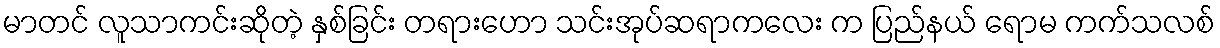
မာတင် လူသာကင်းဆိုတဲ့ နှစ်ခြင်း တရားဟော သင်းအုပ်ဆရာကလေး က ပြည်နယ် ရောမ ကက်သလစ်